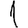
Digit: 1